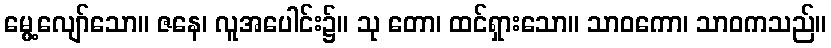
မွေ့လျော်သော။ ဇနေ၊ လူအပေါင်း၌။ သု တော၊ ထင်ရှားသော။ သာဝကော၊ သာဝကသည်။